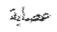
عصابة